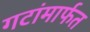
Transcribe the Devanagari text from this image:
गटांमार्फत